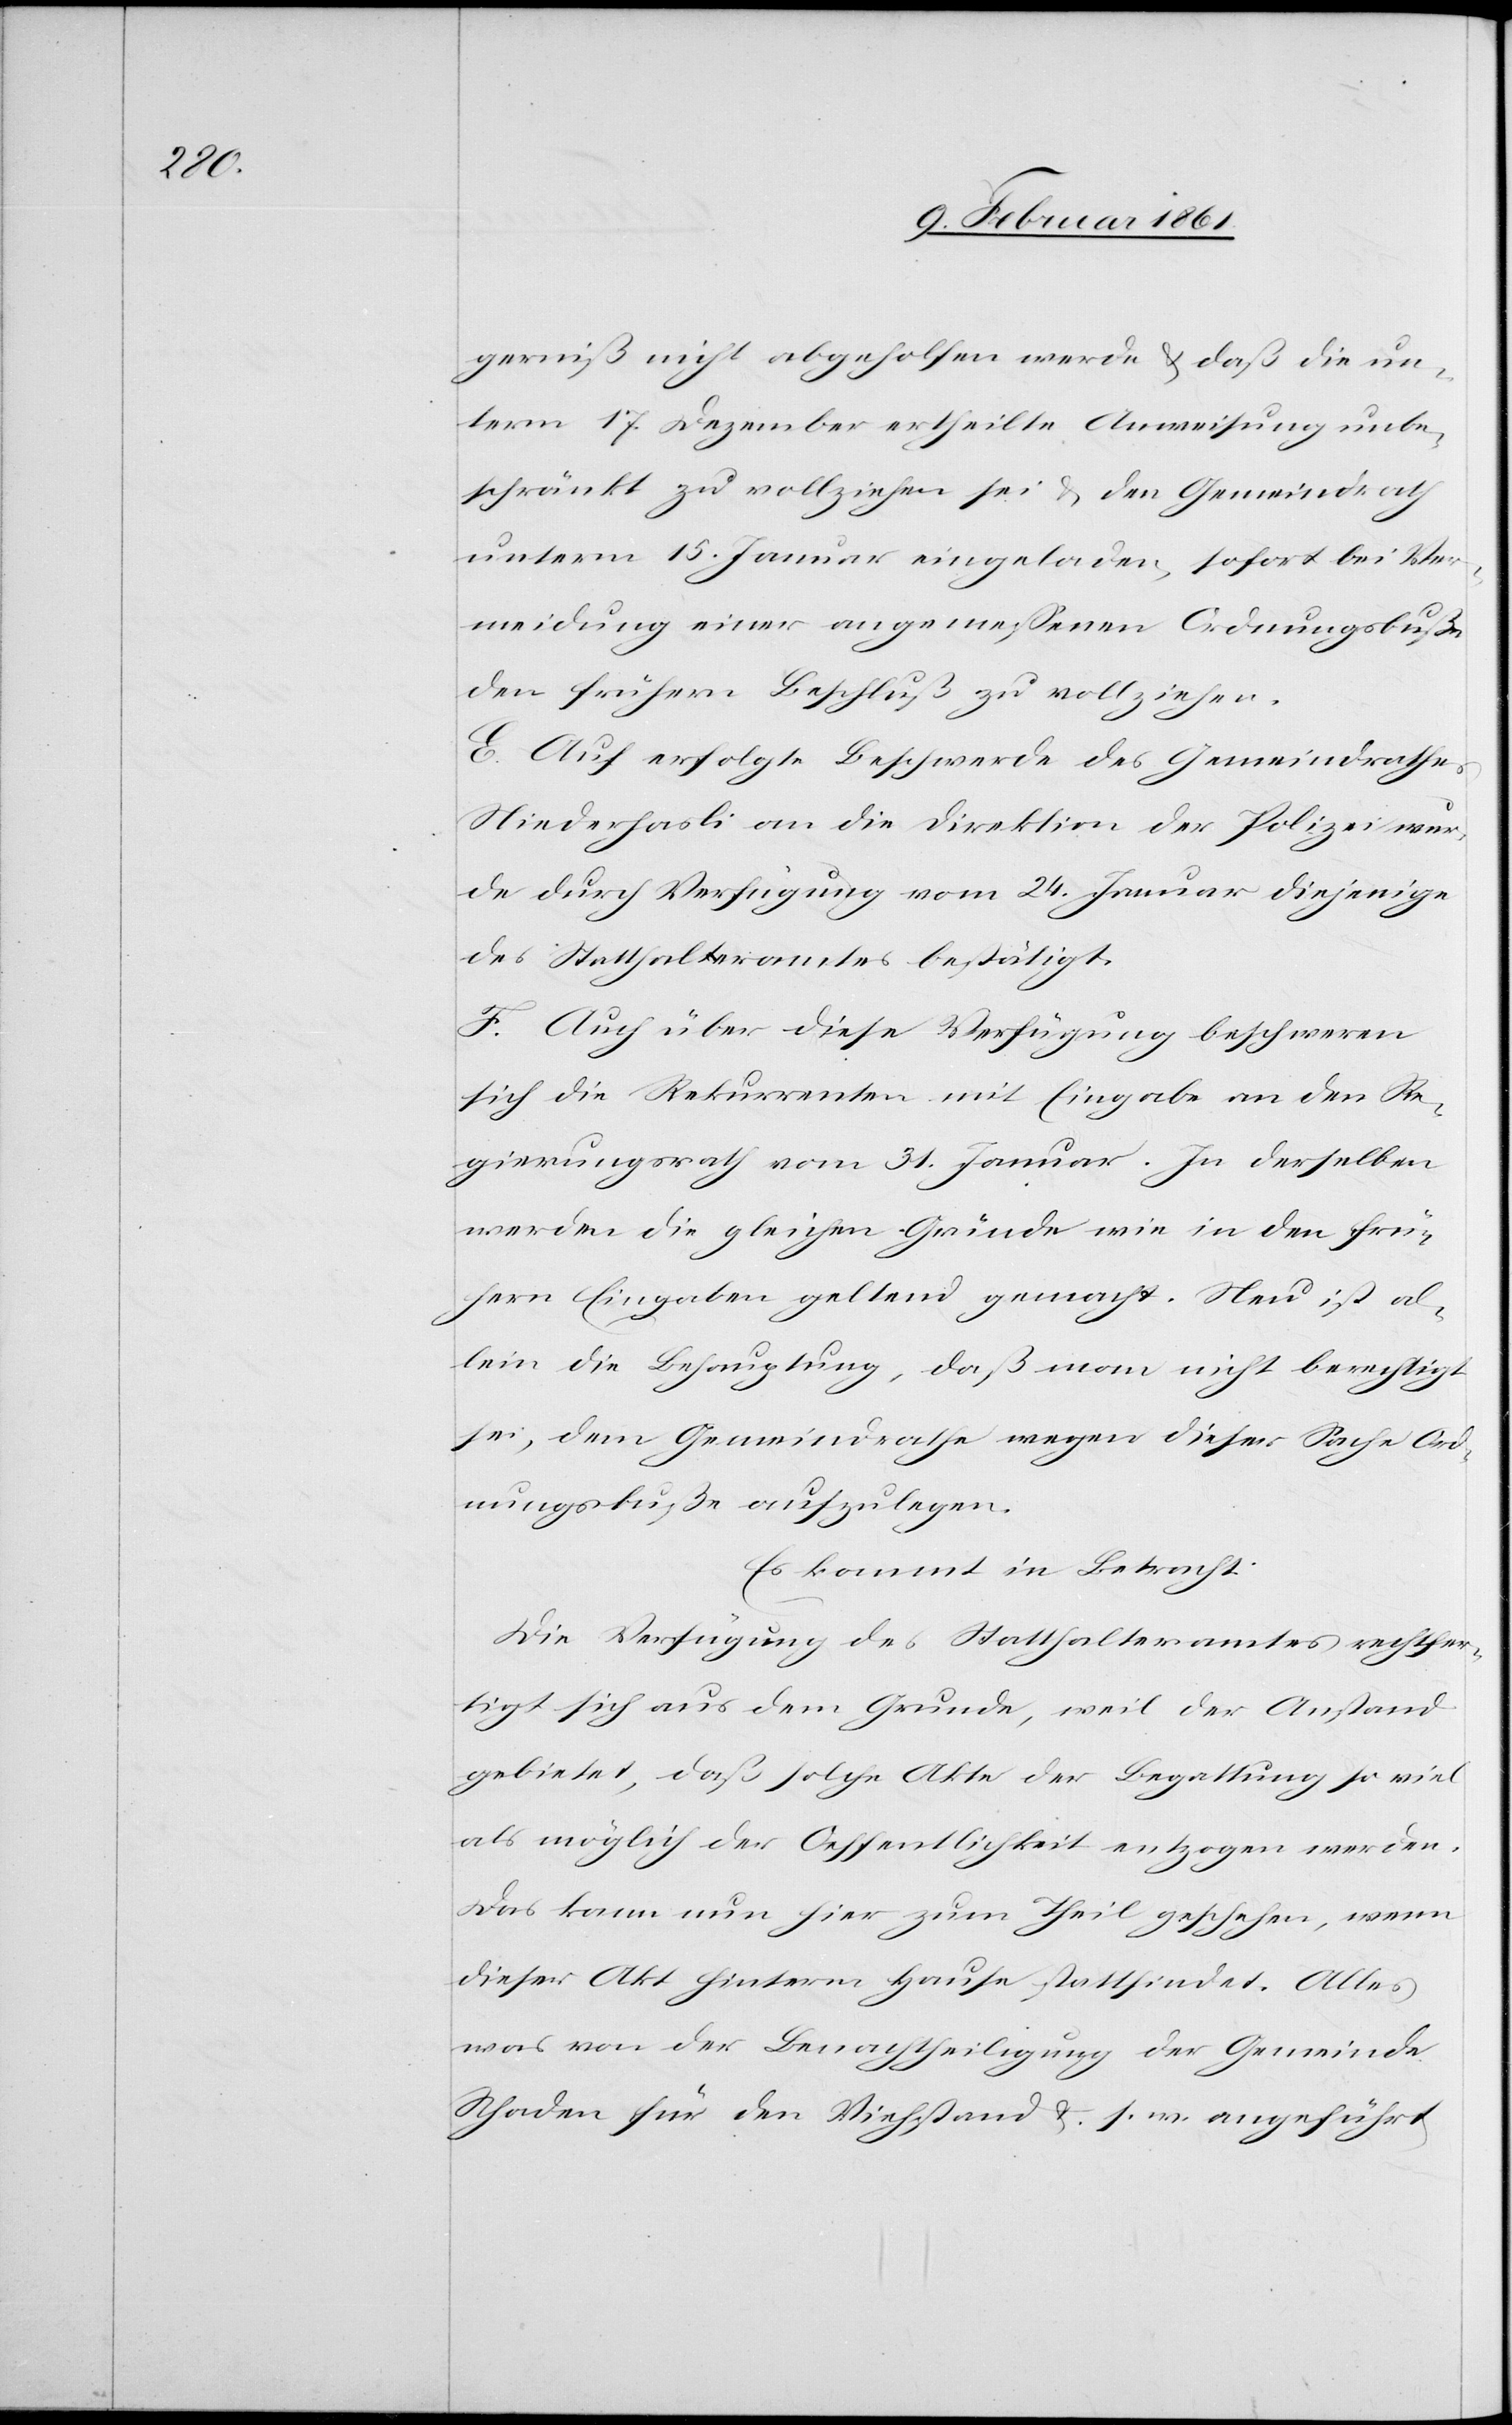
gerniß nicht abgeholfen werde u. daß die un¬
term 17. Dezember ertheilte Anweisung unbe¬
schränkt zu vollziehen sei u. den Gemeindrath
unterm 15. Januar eingeladen, sofort bei Ver¬
meidung einer angemessenen Ordnungsbuße
den frühern Beschluß zu vollziehen.
E. Auf erfolgte Beschwerde des Gemeindrathes
Niederhasli an die Direktion der Polizei wur¬
de durch Verfügung vom 24. Januar diejenige
des Statthalteramtes bestätigt.
F. Auch über diese Verfügung beschweren
sich die Rekurrenten mit Eingabe an den Re¬
gierungsrath vom 31. Januar. In derselben
werden die gleichen Gründe wie in den frü¬
hern Eingaben geltend gemacht. Neu ist al¬
lein die Behauptung, daß man nicht berechtigt
sei, dem Gemeindrathe wegen dieser Sache Ord¬
nungsbuße aufzulegen.
Es kommt in Betracht:
Die Verfügung des Statthalteramtes rechtfer¬
tigt sich aus dem Grunde, weil der Anstand
gebietet, daß solche Akte der Begattung so viel
als möglich der Oeffentlichkeit entzogen werden.
Das kann nun hier zum Theil geschehen, wenn
dieser Akt hinterm Hause stattfindet. Alles
was von der Benachtheiligung der Gemeinde
Schaden für den Viehstand u. s. w. angeführt